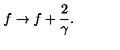
f \rightarrow f + \frac { 2 } { \gamma } .